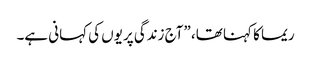
ریما کا کہنا تھا، ”آج زندگی پریوں کی کہانی ہے۔